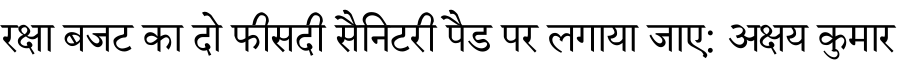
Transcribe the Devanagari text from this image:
रक्षा बजट का दो फीसदी सैनिटरी पैड पर लगाया जाए: अक्षय कुमार